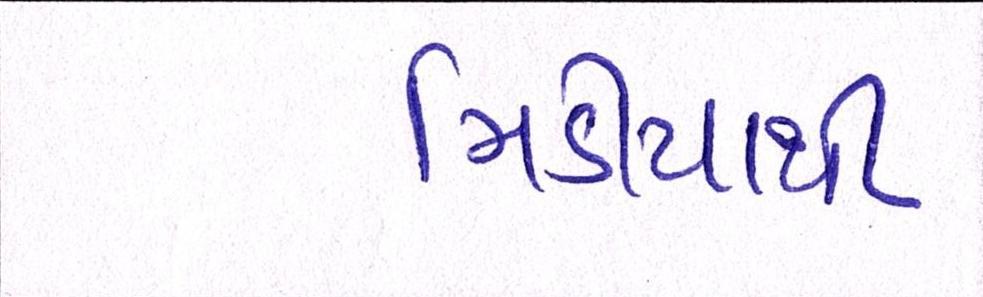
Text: મિડીયાથી